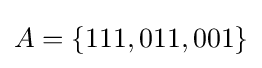
A=\{111,011,001\}